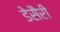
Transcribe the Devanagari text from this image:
डेसैरी